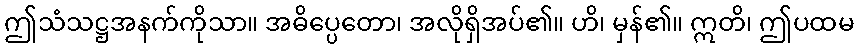
ဤသံသဋ္ဌအနက်ကိုသာ။ အဓိပ္ပေတော၊ အလိုရှိအပ်၏။ ဟိ၊ မှန်၏။ ဣတိ၊ ဤပထမ